Annual report of the Punjab Veterinary College and of the Civil Veterinary Department, Punjab - 1926-1932
Year: 1926
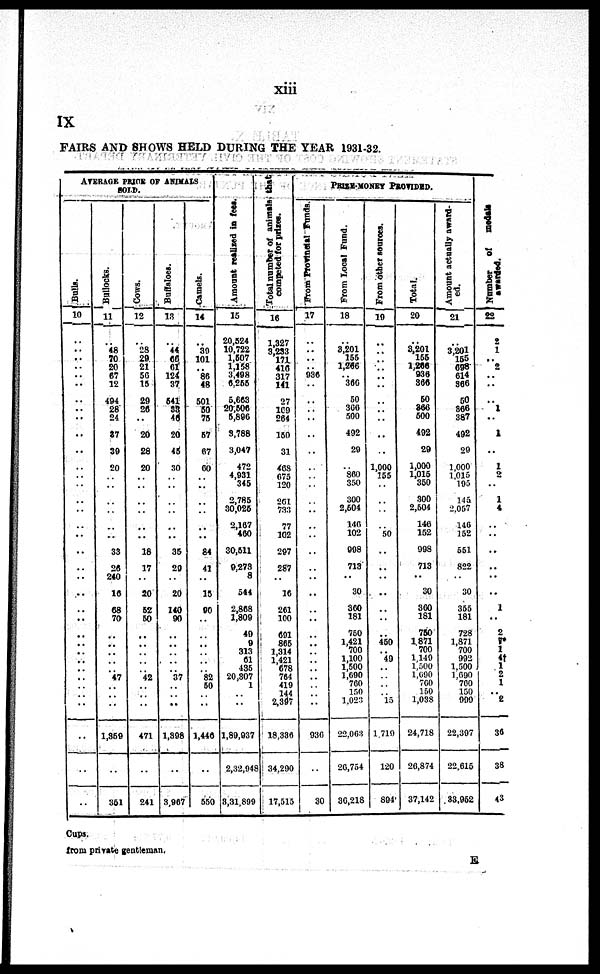
xiii
IX
FAIRS AND SHOWS HELD DURING THE YEAR 1931-32.
AVERAGE PRICE OF ANIMALS
SOLD.
Bulls.
10
..
.. ..
..
..
..
..
.. ..
..
..
..
..
..
..
..
..
..
..
..
..
..
..
..
..
..
..
..
..
..
..
..
..
..
..
..
Bullocks.
11
..
48
70
20
67
12
494
28
24
37
39
20
..
..
..
..
..
..
33
26
240
16
68
70
..
..
..
..
.. 47
..
..
..
1,359
..
351
Cows.
12
..
28 29
21
56
15
29
26
..
20
28
20
..
..
..
..
..
..
18
17
..
20
52
50
..
..
..
..
.. 42
..
..
..
471
..
241
Buffaloes.
13
..
44
66
61
124
37
541
38
46
20
45
30
..
..
..
..
..
..
35
29
..
20
140
90
..
..
..
..
.. 37
..
..
..
1,398
..
3,967
Camels.
14
..
30
101
86
48
501
50
75
57
67
60
.. ..
..
..
..
..
84
41
..
15
90
..
..
..
..
..
.. 82
50
..
..
1,446
..
550
Amount realised in fees.
15
20,524
10,722
1,507
1,158
3,498
6,255
5,663
20,506
5,896
5,788
3,047
472
4,931
345
2,785
30,025
2,167
460
30,511
9,273
8
544
2,868
1,809
49
9
313
61
435
20,307
1
..
..
1,89,937
2,32,948
8,31,800
Total
number of animals that
competed for prises.
16
1,327
3,233
171
416
317
141
27
169
264
150
31
463
675
120
261
733
77
102
297
287
..
16
261
100
691
865
1,314
1,421
678
764
419
144
2,397
18,386
34,290
17,515
PRICE-MONEY
PROVIDED.
From Provincial Funds.
17
..
..
..
.. 986
..
..
..
..
..
..
..
..
..
..
..
..
..
..
..
..
..
..
..
..
..
..
..
..
..
..
..
..
936
..
30
From
Local Fund.
18
..
3,201
155
1,266
.. 366
50
300
500
492
20
..
360
350
300
2,504
146
102
998
713
..
30
360
181
750
1,421
700
1,100
1,500
1,690
760
150
1,023
22,063
20,754
36,218
From other sources.
19
..
..
..
..
.. ..
..
..
..
..
..
1,000
155
..
..
..
..
50
..
..
..
..
..
..
..
450
.. 49
..
..
..
.. 13
1,719
120
894
Total.
20
..
3,201
155
1,266
936
366
50
366
500
492
29
1,000
1,015
350
300
2,504
146
152
998
713
..
30
360
181
750
1,871
700
1,149
1,500
1,600
760
150
1,033
24,718
26,874
37,142
Amount actually award-
ed.
21
..
3,201
155
696
614
366
50
366
387
492
29
1,000
1,015
195
145
2,057
146
152
551
822
..
30
355
181
728
1,871
700
992
1,500
1,690
760
150
999
22,397
22,615
83,952
Number of medals
awarded.
22
2
1
..
2
..
..
..
1
..
1
..
1
2
..
1
4
..
..
..
..
..
..
1
..
2
1 1
4† 1
2
1
..
2
36
38
43
Cups.
from private gentleman.
E